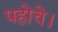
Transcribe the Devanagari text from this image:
पहोचे।